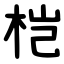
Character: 桤